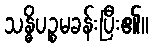
သန္ဓိပဉ္စမခန်းပြီး၏။